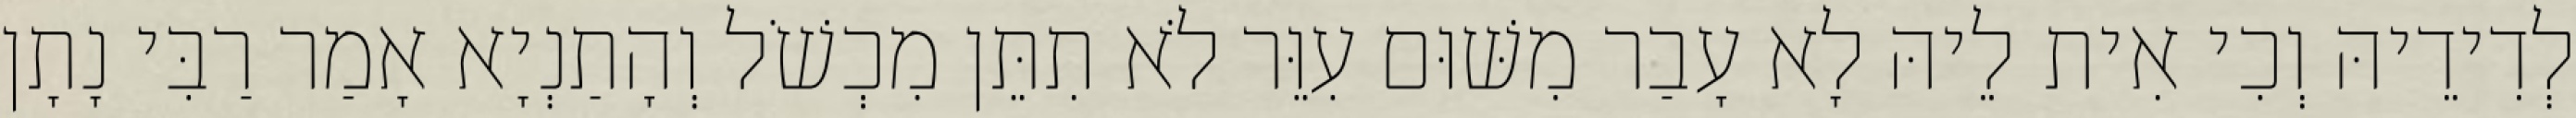
לְדִידֵיהּ וְכִי אִית לֵיהּ לָא עָבַר מִשּׁוּם עִוֵּר לֹא תִתֵּן מִכְשֹׁל וְהָתַנְיָא אָמַר רַבִּי נָתָן